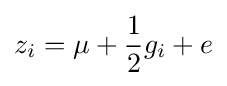
z_{i}=\mu +{\frac {1}{2}}g_{i}+e